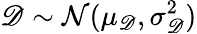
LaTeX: \mathscr D\sim\mathcal N(\mu_{\mathscr D},\sigma_{\mathscr D}^{2})